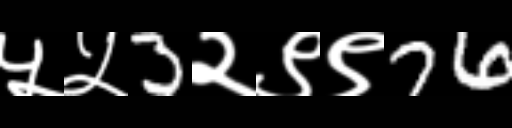
Text: ५५3२९९76